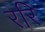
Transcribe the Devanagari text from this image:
ररि